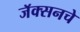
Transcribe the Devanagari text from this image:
जॅक्सनचे